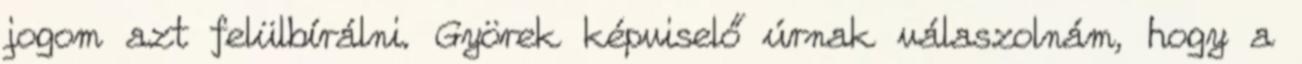
jogom azt felülbírálni. Györek képviselő úrnak válaszolnám, hogy a